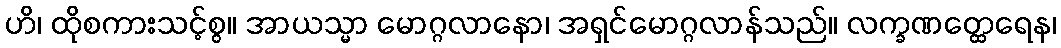
ဟိ၊ ထိုစကားသင့်စွ။ အာယသ္မာ မောဂ္ဂလာနော၊ အရှင်မောဂ္ဂလာန်သည်။ လက္ခဏတ္ထေရေန၊